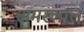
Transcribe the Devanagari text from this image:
अमरलाल